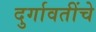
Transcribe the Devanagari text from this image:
दुर्गावतींचे